Vaccination North-Western Provinces and Oudh 1896-1901 - 1896-1901
Year: 1896
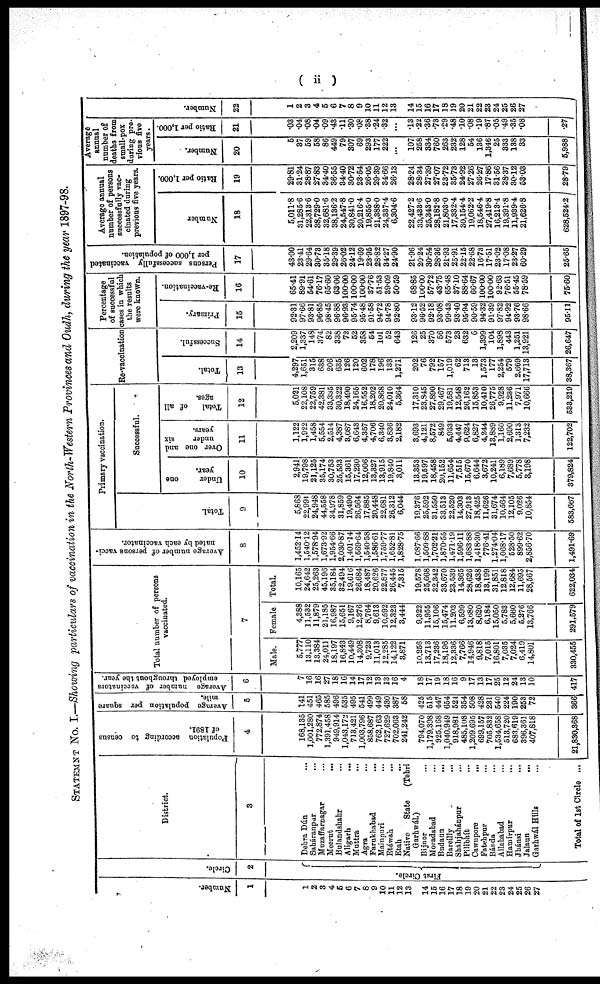
( ii )
STATEMENT No. I.—Showing particulars of vaccination in the North-Western Provinces and Oudh, during the year 1897-98.
Number.
1
1
2
3
4
5
6
7
8
9
10
11
12
13
14
15
16
17
18
19
20
21
22
23
24
25
26
27
Circle.
2
First Circle.
District.
3
Dehra Dún ...
Saháranpur ...
Muzaffarnagar ...
Meerut ...
Bulandshar ...
Aligarh
...
Muttra ...
Agra ...
Farukhabad ...
Mainpuri ...
Etáwah
...
Etah ...
Native
State
(Tehri
Garhwál.)
Bijnor ...
Moradabad ...
Budaun
...
Bareilly ...
Sháhjahánpur ...
Pilibhít ...
Cawnpore
...
Fatehpur ...
Bánda ...
Allahabad ...
Hamírpur
...
Jhánsi
...
Jalaun ...
Garhwál Hills ...
Total of 1st Circle ...
Population according to census
of 1891.
4
168,135
1,001,280
772,874
1,391,458
949,914
1,043,172
713,421
1,003,796
858,687
762,163
727,629
702,063
241,242
794,070
1,179,398
925,168
1,040,949
918,981
485,108
1,209,695
699,157
705,832
1,534,658
513,720
683,619
396,361
407,818
21,830,368
Average population per square
mile.
5
141
451
465
585
496
535
495
541
499
449
430
387
58
425
515
447
654
524
354
508
428
231
540
224
190
253
72
366
Average number of vaccinators
employed throughout the year.
6
7
16
16
27
18
16
14
17
12
13
13
16
4
18
17
19
18
16
9
17
13
17
25
12
24
13
10
417
Total number of persons
vaccinated.
7
Male.
5,777
13,110
13,384
24,011
18,197
16,843
10,449
14,308
9,723
11,013
12,285
14,122
3,871
10,256
13,713
17,236
18,196
12,336
7,766
14,946
9,818
7,015
16,801
7,035
7,024
6,419
14,801
330,455
Female.
4,388
11,532
11,879
21,185
16,987
15,651
9,167
12,376
8,764
9,613
10,592
12,323
3,444
9,322
11,955
15,106
15,474
11,203
6,599
13,680
8,620
6,184
15,050
5,783
5,660
5,276
13,766
291,579
Total.
10,165
24,642
25,263
45,196
35,184
32,494
19,616
26,684
18,487
20,626
22,877
26,445
7,315
19,578
25,668
32,342
33,670
23,539
14,365
28,626
18,438
13,199
31,851
12,818
12,684
11,695
28,567
622,034
Average number of persons vacci-
nated by each vaccinator.
8
1,452.14
1,540.12
1,578.94
1,673.92
1,954.66
2,030.87
1,401.14
1,569.64
1,540.58
1,586.61
1,759.77
1,652.81
1,828.75
1,087.66
1,509.88
1,702.21
1,870.55
1,471.19
1,596.11
1,683.88
1,418.30
776.41
1,274.04
1,068.17
528.50
899.62
2,856.70
1,491.69
Primary vaccination.
Total.
9
5,868
22,991
24,948
44,558
34,978
31,859
19,490
26,564
17,885
20,448
22,681
26,312
6,044
19,376
25,592
31,550
33,513
22,520
14,303
27,913
18,425
11,626
31,674
10,564
12,105
9,026
10,854
583,667
Successful.
Under
one
year.
10
2,941
19,798
21,125
35,174
30,753
25,533
15,361
17,230
12,006
13,327
13,915
19,840
3,011
13,353
19,597
18,458
20,152
11,654
7,515
15,670
6,644
3,672
10,241
6,189
7,689
5,778
3,198
379,824
Over one and
under
six
years.
11
1,122
1,922
1,458
5,554
2,514
4,387
3,087
6,643
4,357
4,706
6,340
3,836
2,182
3,693
4,121
8,572
849
5,933
4,447
9,624
6,827
4,244
13,889
1,160
2,690
1,313
7,232
122,702
Total
of all
ages.
12
5,021
22,108
22,759
42,381
33,335
30,322
18,490
24,165
16,552
18,202
20,868
24,010
5,364
17,310
23,845
27,890
29,467
19,581
12,548
26,162
15,853
10,410
26,775
9,928
11,236
7,971
10,666
533,219
Re-vaccination
Total.
13
4,297
1,651
315
638
206
635
126
120
602
178
196
133
1,271
202
76
792
157
1,019
62
713
13
1,573
177
2,254
579
2,669
17,713
38,367
Successful.
14
2,209
1,337
148
374
82
338
72
52
358
54
101
52
643
126
25
370
56
573
23
632
6
1,399
104
1,898
443
1,251
13,921
26,647
Percentage
of successful
cases in which
the results
were known.
Primary.
15
92.31
97.66
93.81
96.85
98.45
96.88
96.93
95.74
95.48
91.58
94.72
94.78
92.80
93.12
96.52
92.18
93.08
99.43
93.40
95.94
90.59
94.32
91.39
97.82
94.92
93.76
98.66
95.11
Re-vaccination.
16
65.41
89.91
54.61
76.17
65.60
63.06
100.00
100.00
100.00
37.76
51.53
39.09
50.59
68.85
100.00
57.72
43.75
65.48
37.10
88.64
66.67
100.00
100.00
92.63
76.51
55.45
78.59
75.60
Persons successfully vaccinated
per 1,000 of population.
17
43.00
23.41
29.64
30.73
35.18
29.39
26.02
24.12
19.69
23.95
28.82
34.27
24.90
21.96
20.24
30.54
28.36
21.93
25.91
22.15
22.68
16.73
17.51
23.02
17.08
23.27
60.29
25.65
Average annual
number of persons
successfully vac-
cinated during
previous five years.
Number
18
5,011.8
31,285.6
22,313.6
38,729.0
32,681.6
38,136.2
24,547.8
30,841.0
20,216.4
19,855.0
21,388.0
24,337.4
6,304.6
22,427.2
33,433.6
25,343.0
28,182.8
21,803.0
17,332.4
30,154.4
19,062.2
18,546.4
27,419.8
16,213.4
19,391.8
11,939.4
21,626.8
628,524.2
Ratio per 1,000.
19
29.81
31.24
28.87
27.83
34.40
36.55
34.40
30.72
23.54
26.05
29.39
34.66
26.13
28.24
28.34
27.39
27.07
23.72
35.73
24.92
27.26
26.27
17.86
31.56
28.37
30.12
53.03
28.79
Average
annual
number of
deaths from
small-pox
during pre¬
vious five
years.
Number.
20
5
37
59
58
86
449
79
307
69
293
177
222
...
107
258
334
760
263
232
128
54
136
1,346
25
333
138
33
5,988
Ratio per 1,000.
21
.03
.04
.08
.04
.09
.43
.11
.30
.08
.38
.24
.32
...
.13
.22
.36
.73
.29
.48
.10
.08
.19
.87
.05
.49
.35
.08
.27
Number.
22
1
2
3
4
5
6
7
8
9
10
11
12
13
14
15
16
17
18
19
20
21
22
23
24
25
26
27